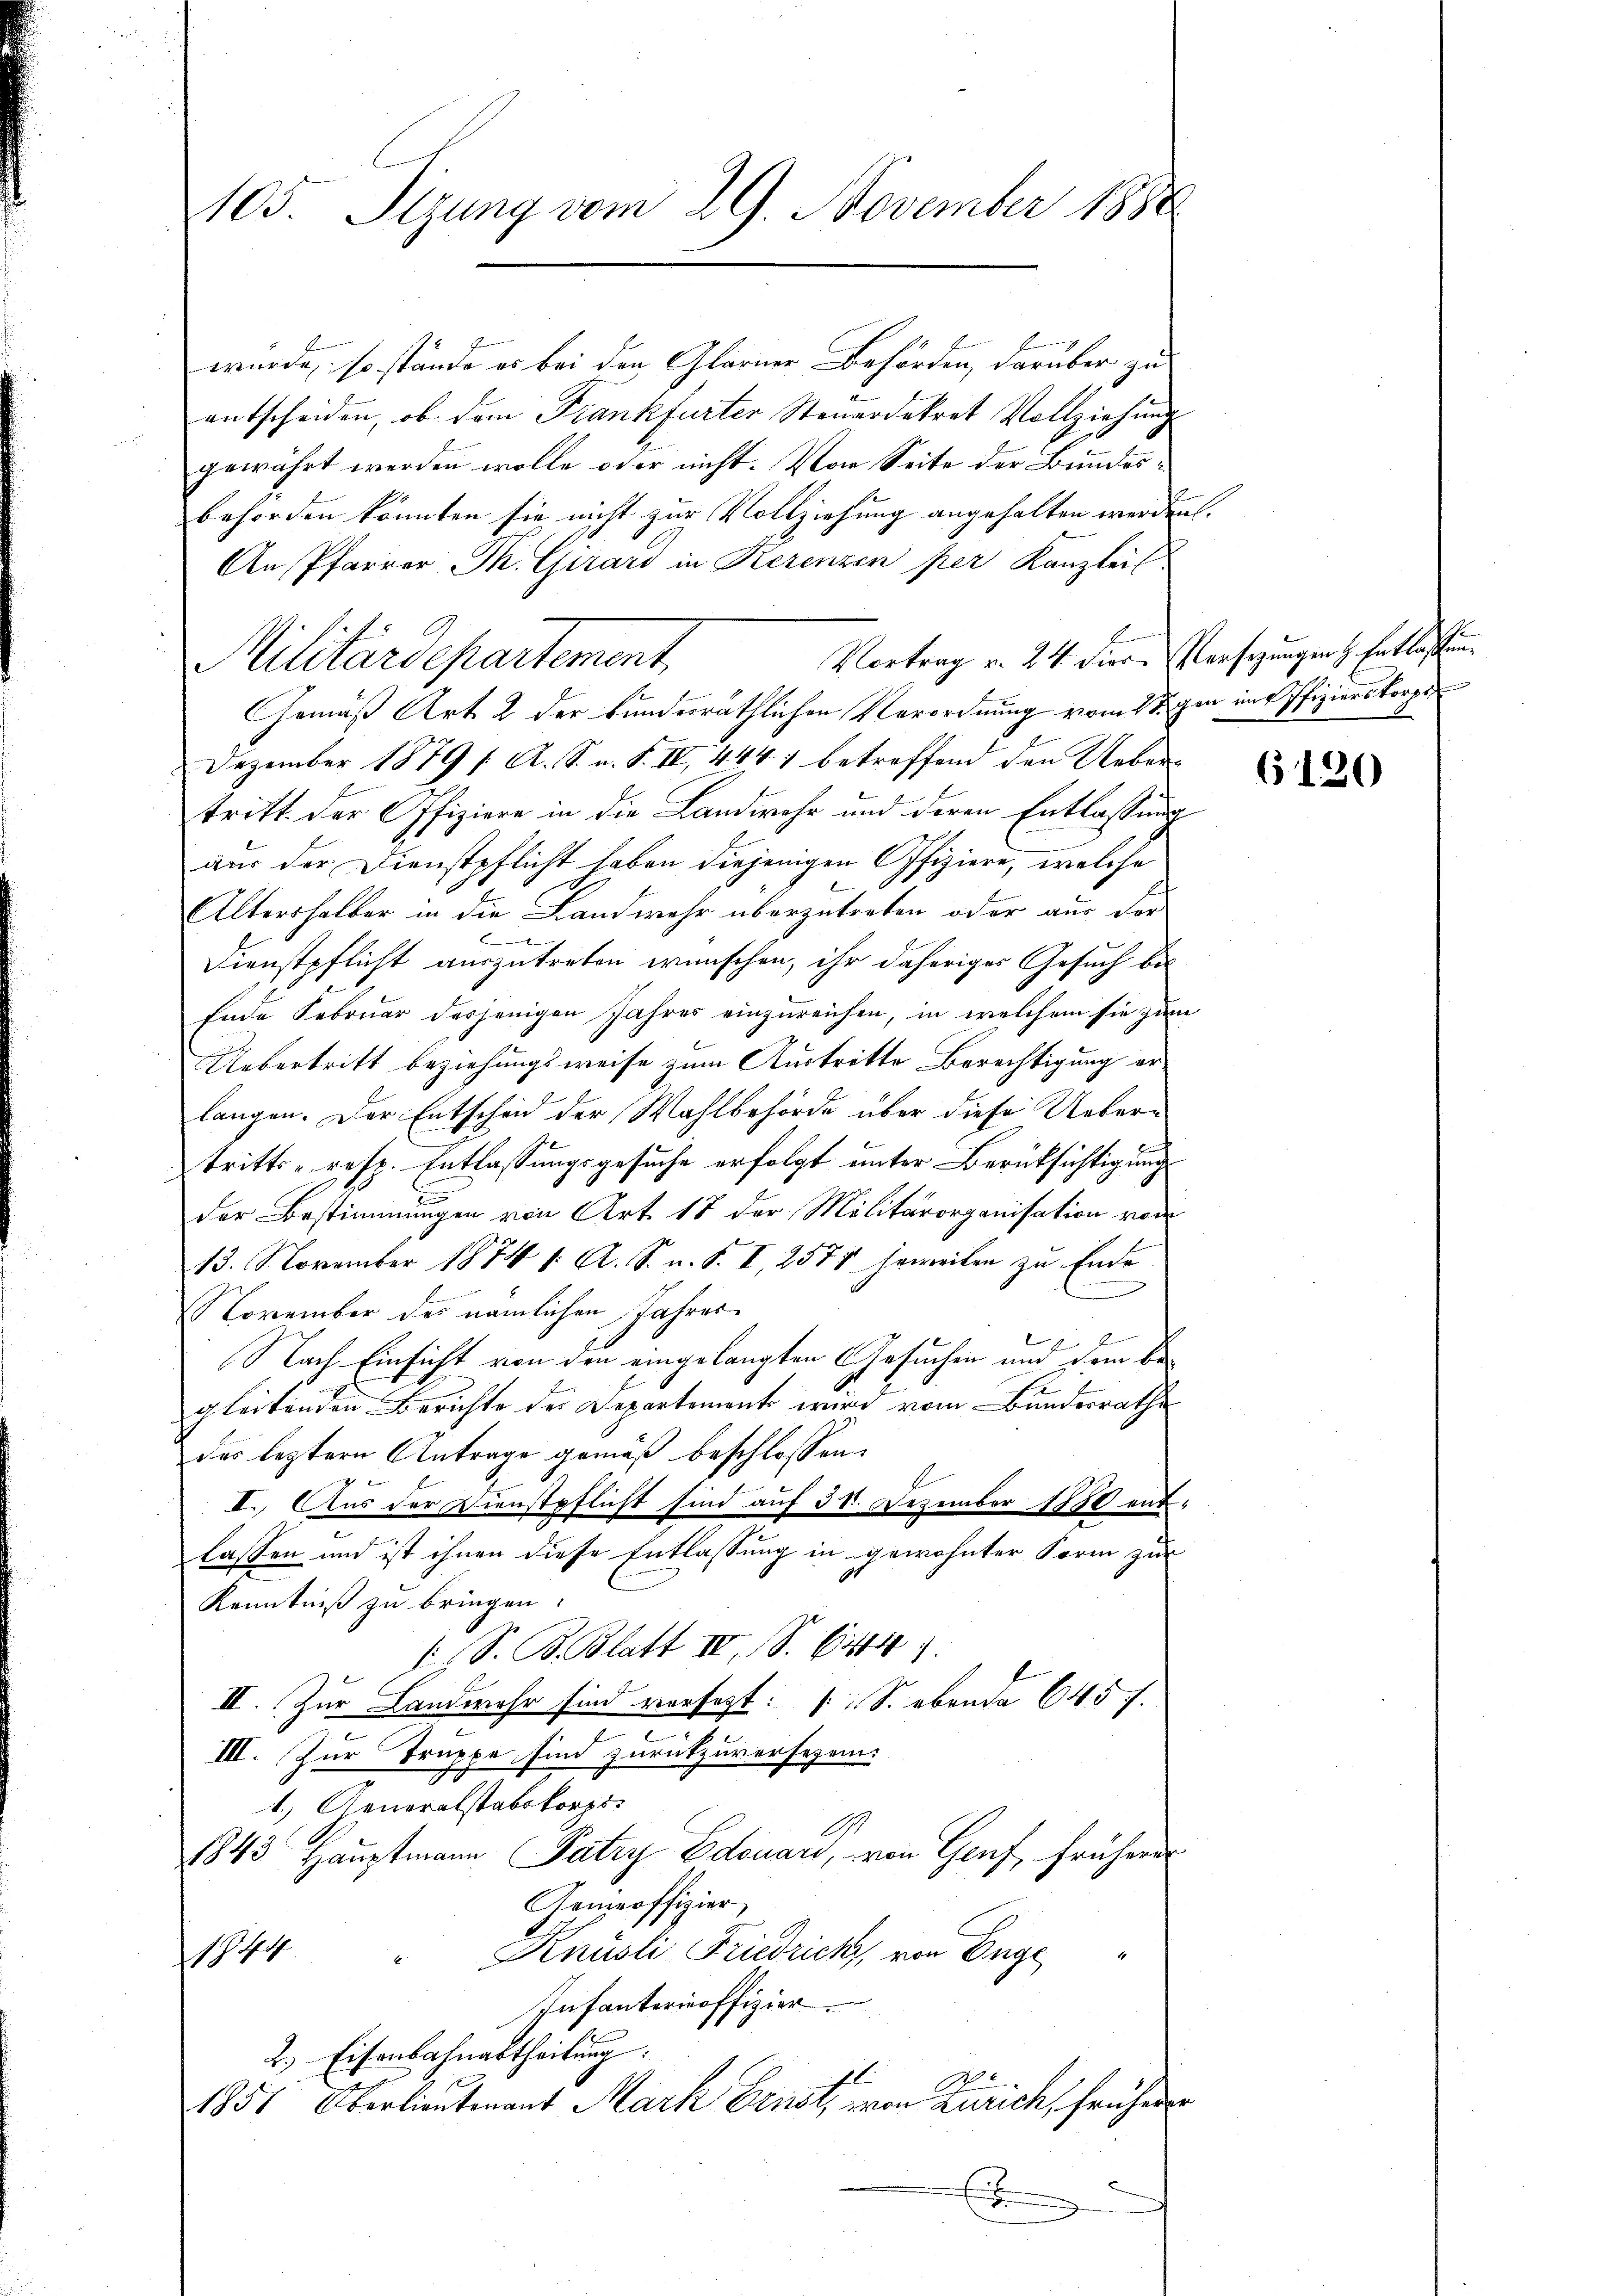
105. Sitzung vom 29. November 1888

wurde, so stände er bei den Glarner Behörden, darüber zu
entscheiden, ob dem Frankfurter Steuerdekret Vollziehung
gewährt werden wolle oder nicht. Von Seite der Bundesbehörden könnten sie nicht zur Vollziehung angehalten werden.
An Pfarrer Th. Girard in Rerenzen per Kanzlei
Vortrag v. 24 dies Versezungen H. Entlastun¬
Gemäß Art. 2 der bundesräthlichen Verordnung vom 15. gen im Offizierskorpo
Dezember 1879 f. A. S. n. F. IV 444) betreffend den Uebertritt. Der Offiziere in die Landwehr und deren Entlassung
aus der Dienstpflicht haben diejenigen Offiziere, welche
6
Altershalber in die Landwehr überzutreten oder aus der
.
Dienstpflicht auszutreten wünschen, ihr daheriger Gesuch bis
Ende Februar derjenigen Jahres einzureichen, in welchem sie zum
Uebertritt beziehungsweise zum Austritte Berechtigung erlangen. Der Entscheid der Wahlbehörde über diese Uebertritts - resp. Entlassungsgesuche erfolgt unter Berücksichtigung
der Bestimmungen von Art. 17 der Militärorganisation vom
13. November 1874 1. A. S. u. S. I, 2575 jeweilen zu Ende
NNovember des nämlichen Jahres
F
6
1
Nach Einsicht von den eingelangten Gesuchen und dem begleitenden Berichte der Departements wird vom Bundesrathe
des leztern Antrage gemäß beschlossen:
II. Aus der Dienstpflicht sind auf 31. Dezember 1880 entlassen und ist ihnen diese Entlassung in gewohnter Form zur
.
Kenntniß zu bringen.
1 S. B. Blatt IV S. 641.
II. Zur Landwehr sind versezt: [S. ebenda 645 f.
III. Zur Truppe sind zurükzuversezen.
1.) Generalstabskorps:
1843 Hauptmann Patzy Edouard, von Genf, früherer
Gemeoffizier
" Knüsli Friedrich, von Enge
1844
Infanterinoffizier
2. Eisenbahnabtheilung:
1851, Oberlieutnant Mark Ernst, von Zürich, frühere
E

Militärdepartement.

6120